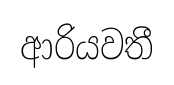
ආරියවතී